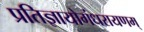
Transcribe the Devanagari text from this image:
प्रतिज्ञायोगंधरायणम्